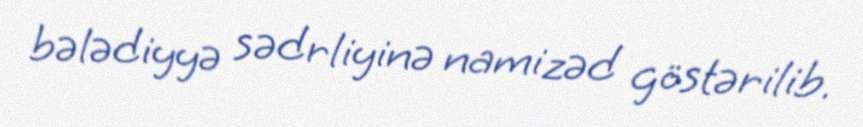
bələdiyyə sədrliyinə namizəd göstərilib.